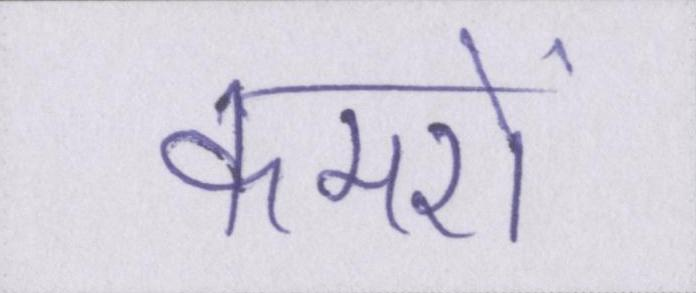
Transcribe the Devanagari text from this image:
कमरों